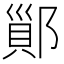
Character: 𨝉